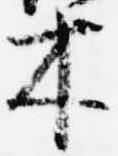
木